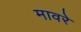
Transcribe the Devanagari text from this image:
मावरे